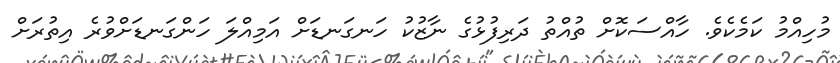
މުހިއްމު ކަމެކެވެ. ހާއްސަކޮށް ތުއްތު ދަރިފުޅުގެ ނާޒުކު ހަނގަނޑަށް އަމިއްލަ ހަންގަނޑަށްވުރެ އިތުރަށް